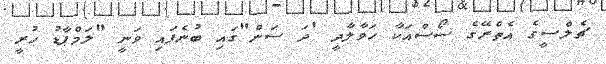
ޗެލްސީގެ އެތެރޭގެ ސޯސްއަކާ ހަވާލާދީ 'ދަ ސަން"ގައި ބުނެފައި ވަނީ "ލަމްޕާޑު ހުރީ